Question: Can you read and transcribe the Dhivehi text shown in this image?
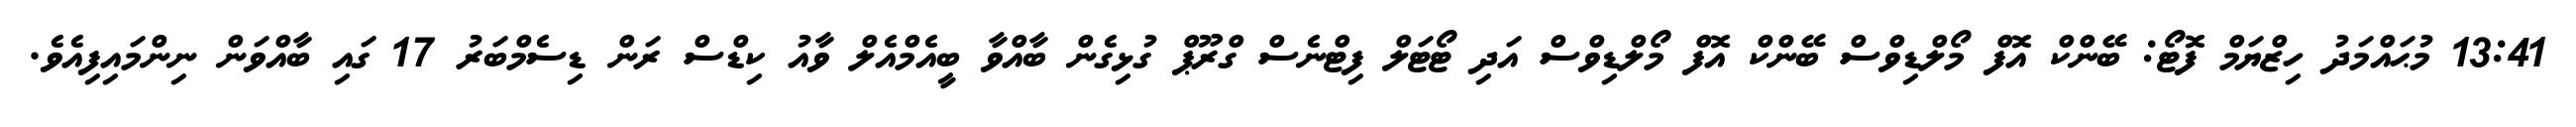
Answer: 13:41 މުޙައްމަދު ހިޒްޔަމް ފޮޓޯ: ބޭންކް އޮފް މޯލްޑިވްސް ބޭންކް އޮފް މޯލްޑިވްސް އަދި ޓޯޓަލް ފިޓްނެސް ގްރޫޕް ގުޅިގެން ބާއްވާ ބީއެމްއެލް ވާއު ކިޑްސް ރަން ޑިސެމްބަރު 17 ގައި ބާއްވަން ނިންމައިފިއެވެ.